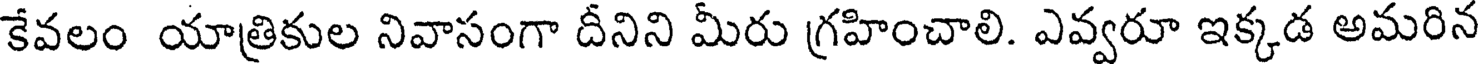
కేవలం యాత్రికుల నివాసంగా దీనిని మీరు గ్రహించాలి. ఎవ్వరూ ఇక్కడ అమరిన